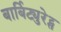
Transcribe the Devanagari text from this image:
बार्बिट्युरेट्स